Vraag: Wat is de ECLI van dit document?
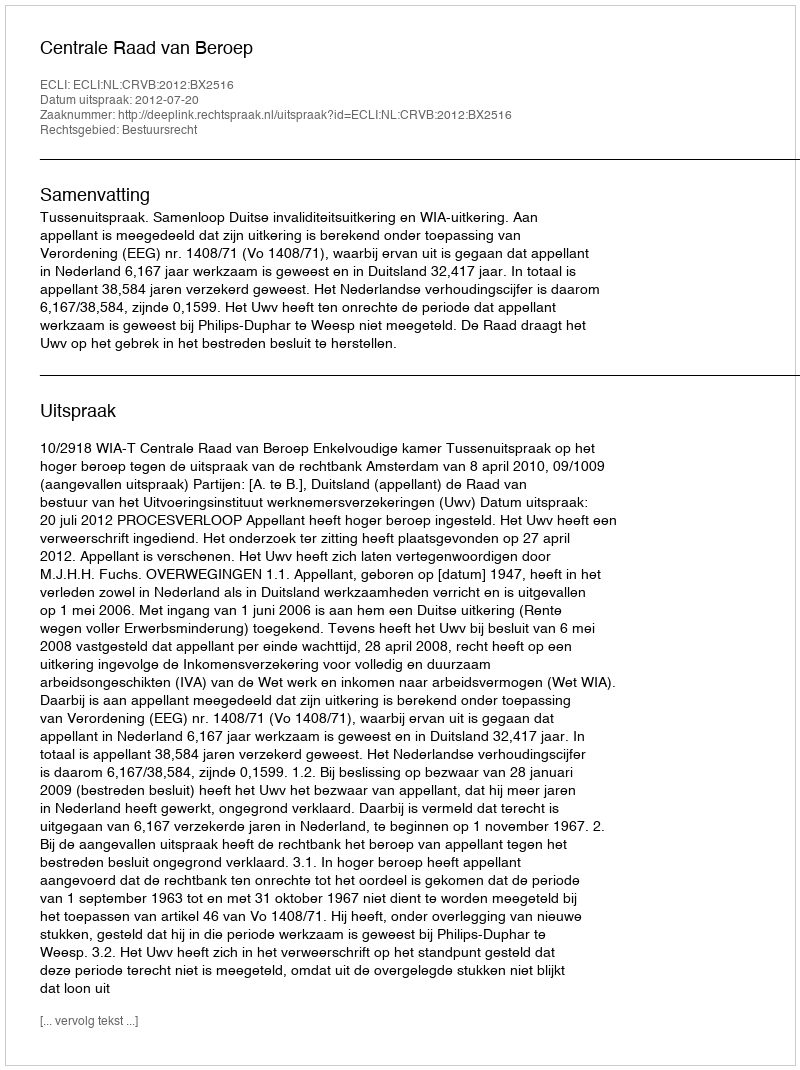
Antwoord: ECLI:NL:CRVB:2012:BX2516